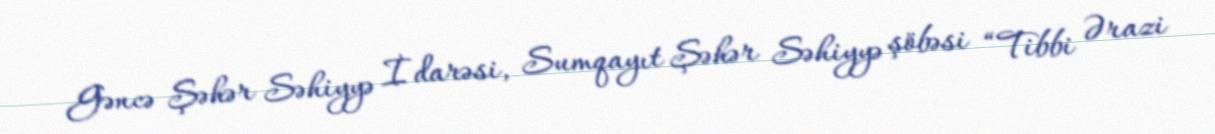
Gəncə Şəhər Səhiyyə İdarəsi, Sumqayıt Şəhər Səhiyyə şöbəsi “Tibbi Ərazi